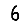
Digit: 6